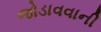
જોડાવવાની